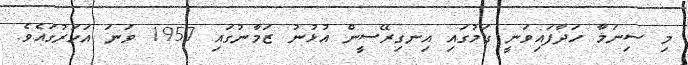
މި ސިނަމާ ހަދާފައިވަނީ ގަމުގައި އިނގިރޭސީން އުޅުނު ޒަމާނުގައި 1957 ވަނަ އަހަރުގައެވެ.